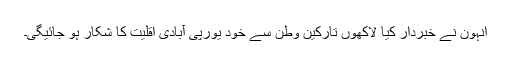
انہون نے خبردار کیا لاکھوں تارکین وطن سے خود یورپی آبادی اقلیت کا شکار ہو جائیگی۔